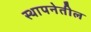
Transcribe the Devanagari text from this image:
स्थापनेतील